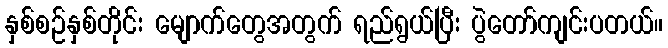
နှစ်စဉ်နှစ်တိုင်း မျောက်တွေအတွက် ရည်ရွယ်ပြီး ပွဲတော်ကျင်းပတယ်။